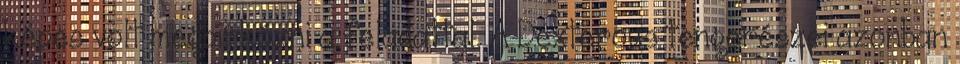
képes volt megbirkózni a feladattal. A Dexterous tengerészei azonban